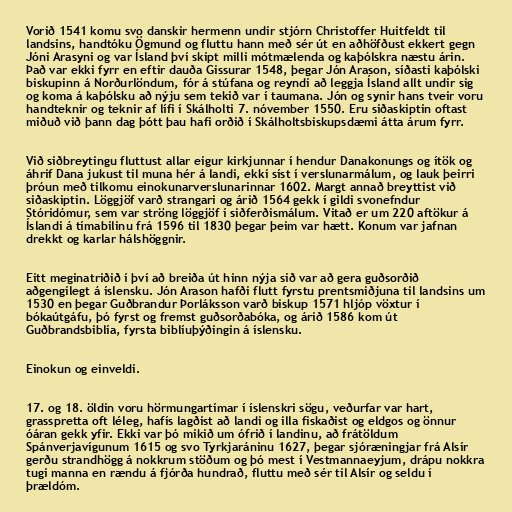
Vorið 1541 komu svo danskir hermenn undir stjórn Christoffer Huitfeldt til
landsins, handtóku Ögmund og fluttu hann með sér út en aðhöfðust ekkert gegn
Jóni Arasyni og var Ísland því skipt milli mótmælenda og kaþólskra næstu árin.
Það var ekki fyrr en eftir dauða Gissurar 1548, þegar Jón Arason, síðasti kaþólski
biskupinn á Norðurlöndum, fór á stúfana og reyndi að leggja Ísland allt undir sig
og koma á kaþólsku að nýju sem tekið var í taumana. Jón og synir hans tveir voru
handteknir og teknir af lífi í Skálholti 7. nóvember 1550. Eru siðaskiptin oftast
miðuð við þann dag þótt þau hafi orðið í Skálholtsbiskupsdæmi átta árum fyrr.

Við siðbreytingu fluttust allar eigur kirkjunnar í hendur Danakonungs og ítök og
áhrif Dana jukust til muna hér á landi, ekki síst í verslunarmálum, og lauk þeirri
þróun með tilkomu einokunarverslunarinnar 1602. Margt annað breyttist við
siðaskiptin. Löggjöf varð strangari og árið 1564 gekk í gildi svonefndur
Stóridómur, sem var ströng löggjöf í siðferðismálum. Vitað er um 220 aftökur á
Íslandi á tímabilinu frá 1596 til 1830 þegar þeim var hætt. Konum var jafnan
drekkt og karlar hálshöggnir.

Eitt meginatriðið í því að breiða út hinn nýja sið var að gera guðsorðið
aðgengilegt á íslensku. Jón Arason hafði flutt fyrstu prentsmiðjuna til landsins um
1530 en þegar Guðbrandur Þorláksson varð biskup 1571 hljóp vöxtur í
bókaútgáfu, þó fyrst og fremst guðsorðabóka, og árið 1586 kom út
Guðbrandsbiblía, fyrsta biblíuþýðingin á íslensku.

Einokun og einveldi.

17. og 18. öldin voru hörmungartímar í íslenskri sögu, veðurfar var hart,
grasspretta oft léleg, hafís lagðist að landi og illa fiskaðist og eldgos og önnur
óáran gekk yfir. Ekki var þó mikið um ófrið í landinu, að frátöldum
Spánverjavígunum 1615 og svo Tyrkjaráninu 1627, þegar sjóræningjar frá Alsír
gerðu strandhögg á nokkrum stöðum og þó mest í Vestmannaeyjum, drápu nokkra
tugi manna en rændu á fjórða hundrað, fluttu með sér til Alsír og seldu í
þrældóm.